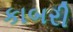
કાબરી